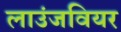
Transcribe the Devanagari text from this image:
लाउंजवियर